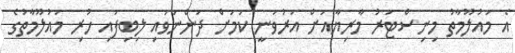
އެ މައުލޫމާތު މިނިސްޓަރު މާރިޔާއަށް އަރުވަނީ ކަމަށް ދަންނަވައި ލިބިފައި ހުރި މައުލޫމާތުގެ